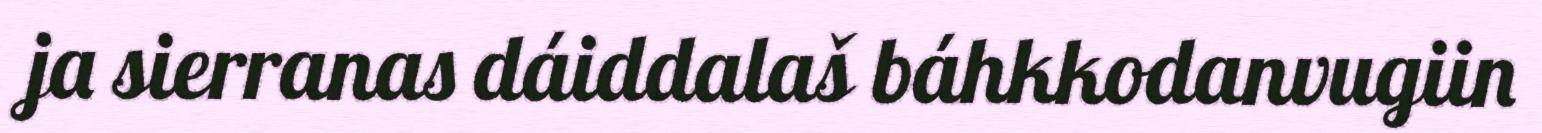
ja sierranas dáiddalaš báhkkodanvugiin